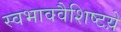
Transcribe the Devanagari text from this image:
स्वभाववैशिष्टय़े